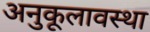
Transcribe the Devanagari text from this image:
अनुकूलावस्था